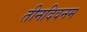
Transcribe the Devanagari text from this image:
तीनदिवनम